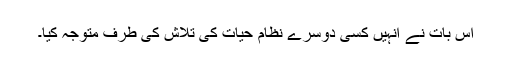
اس بات نے انہیں کسی دوسرے نظام حیات کی تلاش کی طرف متوجہ کیا۔